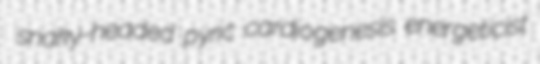
snaky-headed pyric cardiogenesis energeticist